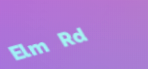
Elm Rd